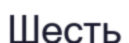
Шесть